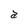
Character: a